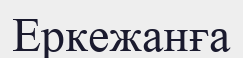
Еркежанға